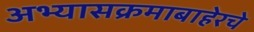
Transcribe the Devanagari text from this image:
अभ्यासक्रमाबाहेरचे